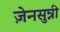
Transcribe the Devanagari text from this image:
ज़ेनसुन्नी